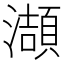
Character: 𤂌